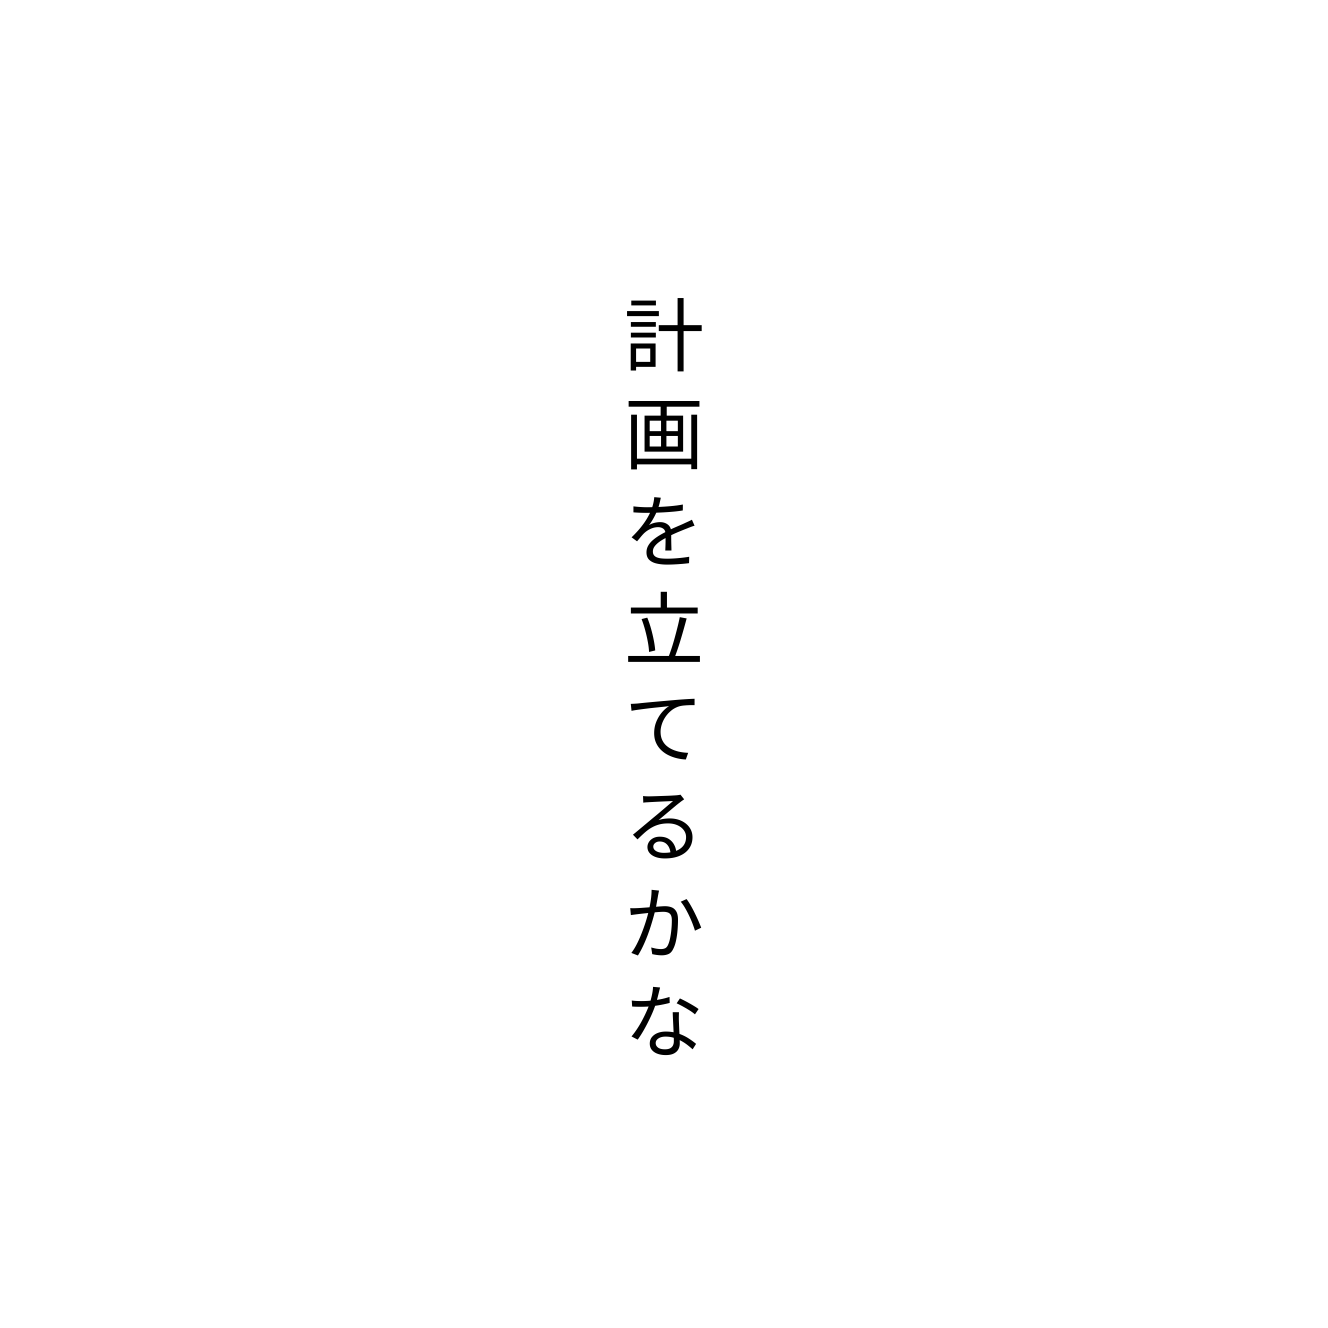
計画を立てるかな